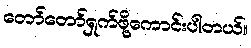
တော်တော်ရှက်ဖို့ကောင်းပါတယ်။